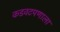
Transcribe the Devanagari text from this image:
कडवटपणाला